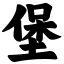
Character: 堡